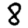
Digit: 8